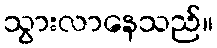
သွားလာနေသည်။